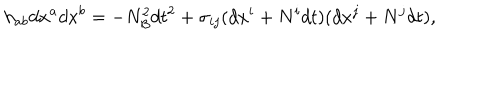
h _ { a b } d x ^ { a } d x ^ { b } = - N _ { \cal B } ^ { 2 } d t ^ { 2 } + \sigma _ { i j } ( d x ^ { i } + N ^ { i } d t ) ( d x ^ { j } + N ^ { j } d t ) ,